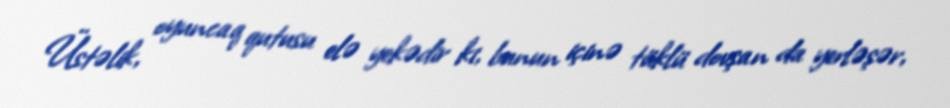
Üstəlik, oyuncaq qutusu elə yekədir ki, bunun içinə tüklü dovşan da yerləşər,